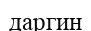
даргин